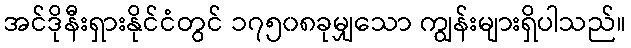
အင်ဒိုနီးရှားနိုင်ငံတွင် ၁၇၅၀၈ခုမျှသော ကျွန်းများရှိပါသည်။